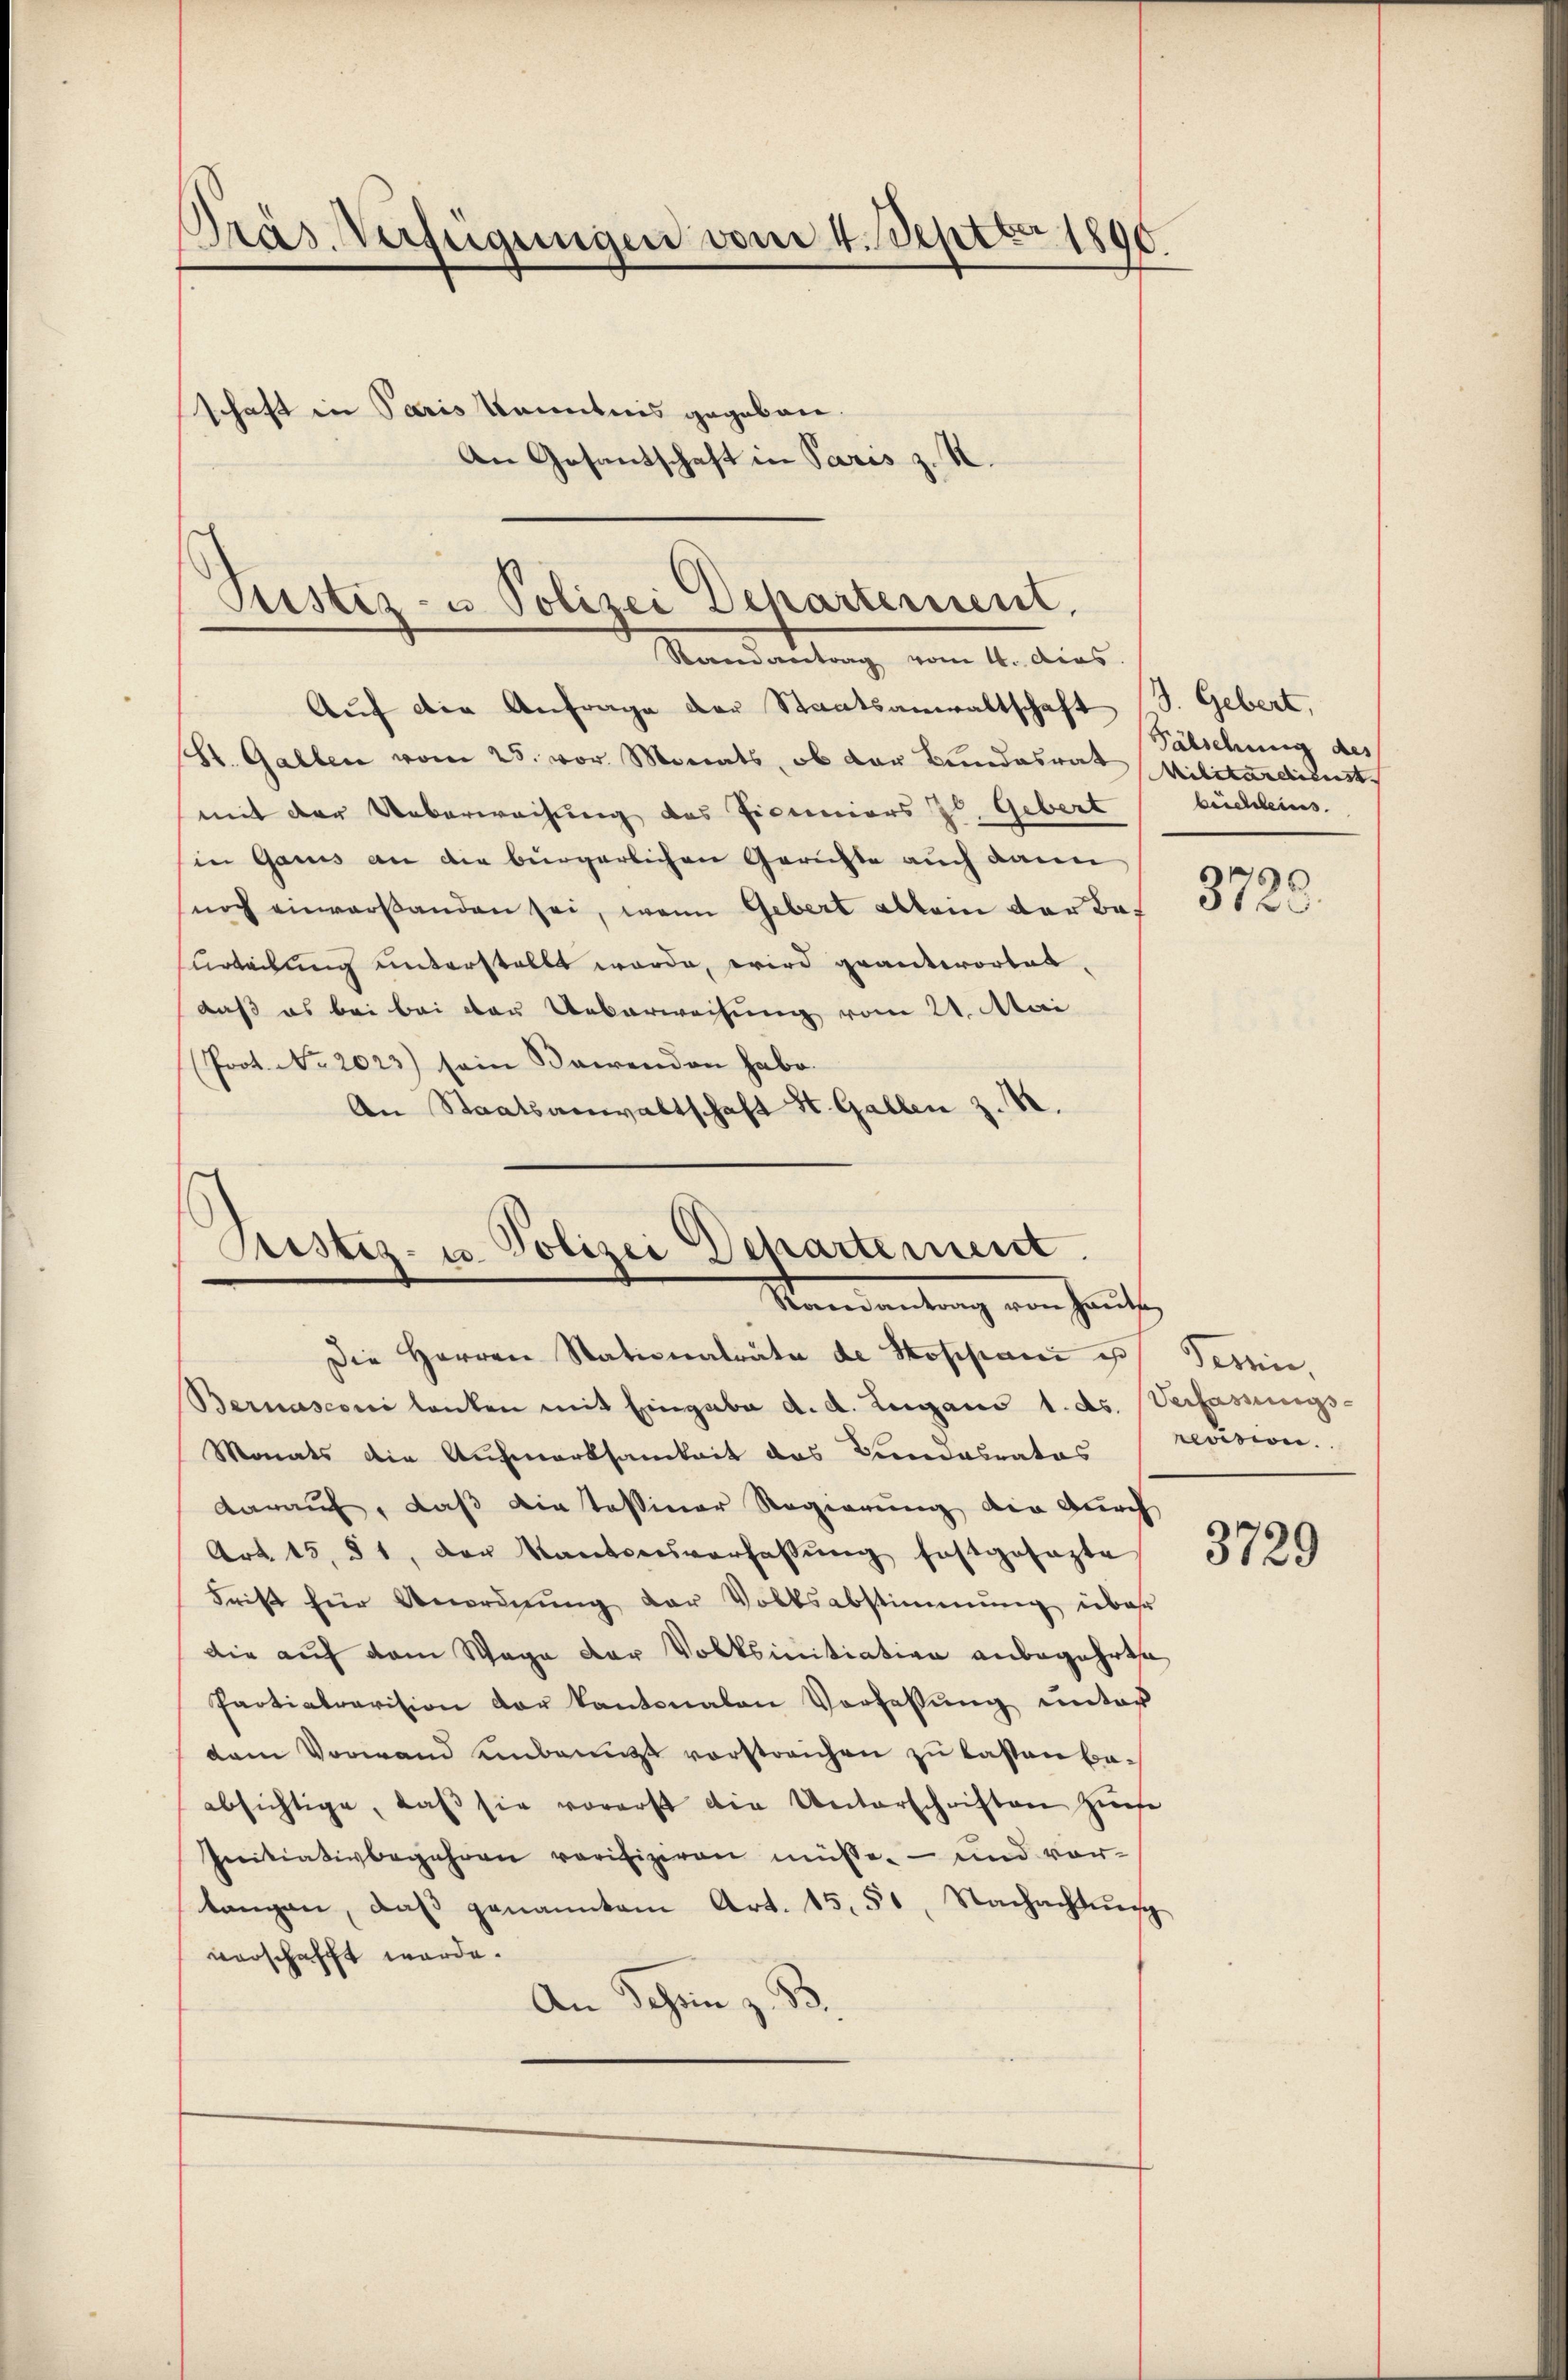
Präs. Verfügungen vom 4. Septbr 1890.
schaft in Paris Kenntnis gegeben.
An Gesandschaft in Paris z. K.

Pristiz- u Polizei Departement.
Rerandvertrag vom 4. das

Justiz- u. Polizei Departement.
Randantrag von Hauts

Auf die Anfrage der Staatsanwaltschaft S. Gebert,
(St. Gallen vom 25. vor Monats, ob der Bandesrat Militardienst
mit der Ueberwachung des Liceniors Hs. Gebert ( büchleins.
in Ganis an die bürgerlichen Gerichte auch dann
noch einverstanden sei, wenn Gebert allein der Bef
urteilung unterstellt werde, wird geantworten,
daß es bei bei der Ueberweisung vom 21. Mai
(Prot. No. 2023) sein Bewenden habe.
An Staatsanwaltschaft St. Gallen z. B.

Fälschung des

Die Herren Stationalräte de Stoppani u. Tessi,
Bernasconi lanken mit Eingabe d. d. Lugano 1. ds. Verfassungs-
Monats die Aufmerksamkeit das Kindesrates
darauf, daß die Tessiner Regierung die durch
Art. 15, § 1, der Kantonsverfassung festgesagte
Frist für Anordnŭng der Volksabstimmung über
die auf dem Wage der Volksinitiation anbegehrte
Partialrevision der Kantonalen Verfassung unter
dem Vorwand unbenutzt vorstreichen zu lassen beabsichtige, daβ sie vorerst die Unterschriften Zuch
Initiativbegehren verifiziren müsse. – und vor-
tangen, daβ genanntem Art. 15. 51. Nachachtung
verschafft werde.
An Schön z. B.

3720.

revision.

3729